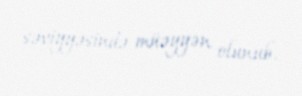
səviyyəsində müəyyən olunub.